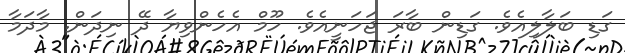
ގަޑި ބަލާލިއެވެ. ގަޑިން ބާރަ ޖަހަނީއެވެ. ހޫމް އެހެންވިޔާ ދޭ ނިދަން. މާދަމާ